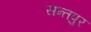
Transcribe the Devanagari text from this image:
सन्तपुर